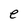
Character: e